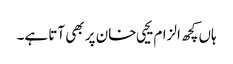
ہاں کچھ الزام یحیی خان پر بھی آتا ہے۔